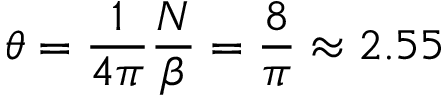
\theta = \frac { 1 } { 4 \pi } \frac { N } { \beta } = \frac { 8 } { \pi } \approx 2 . 5 5